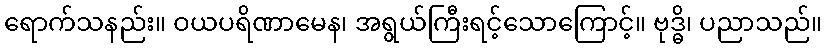
ရောက်သနည်း။ ဝယပရိဏာမေန၊ အရွယ်ကြီးရင့်သောကြောင့်။ ဗုဒ္ဓိ၊ ပညာသည်။